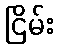
ငြိမ်း